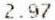
2.97